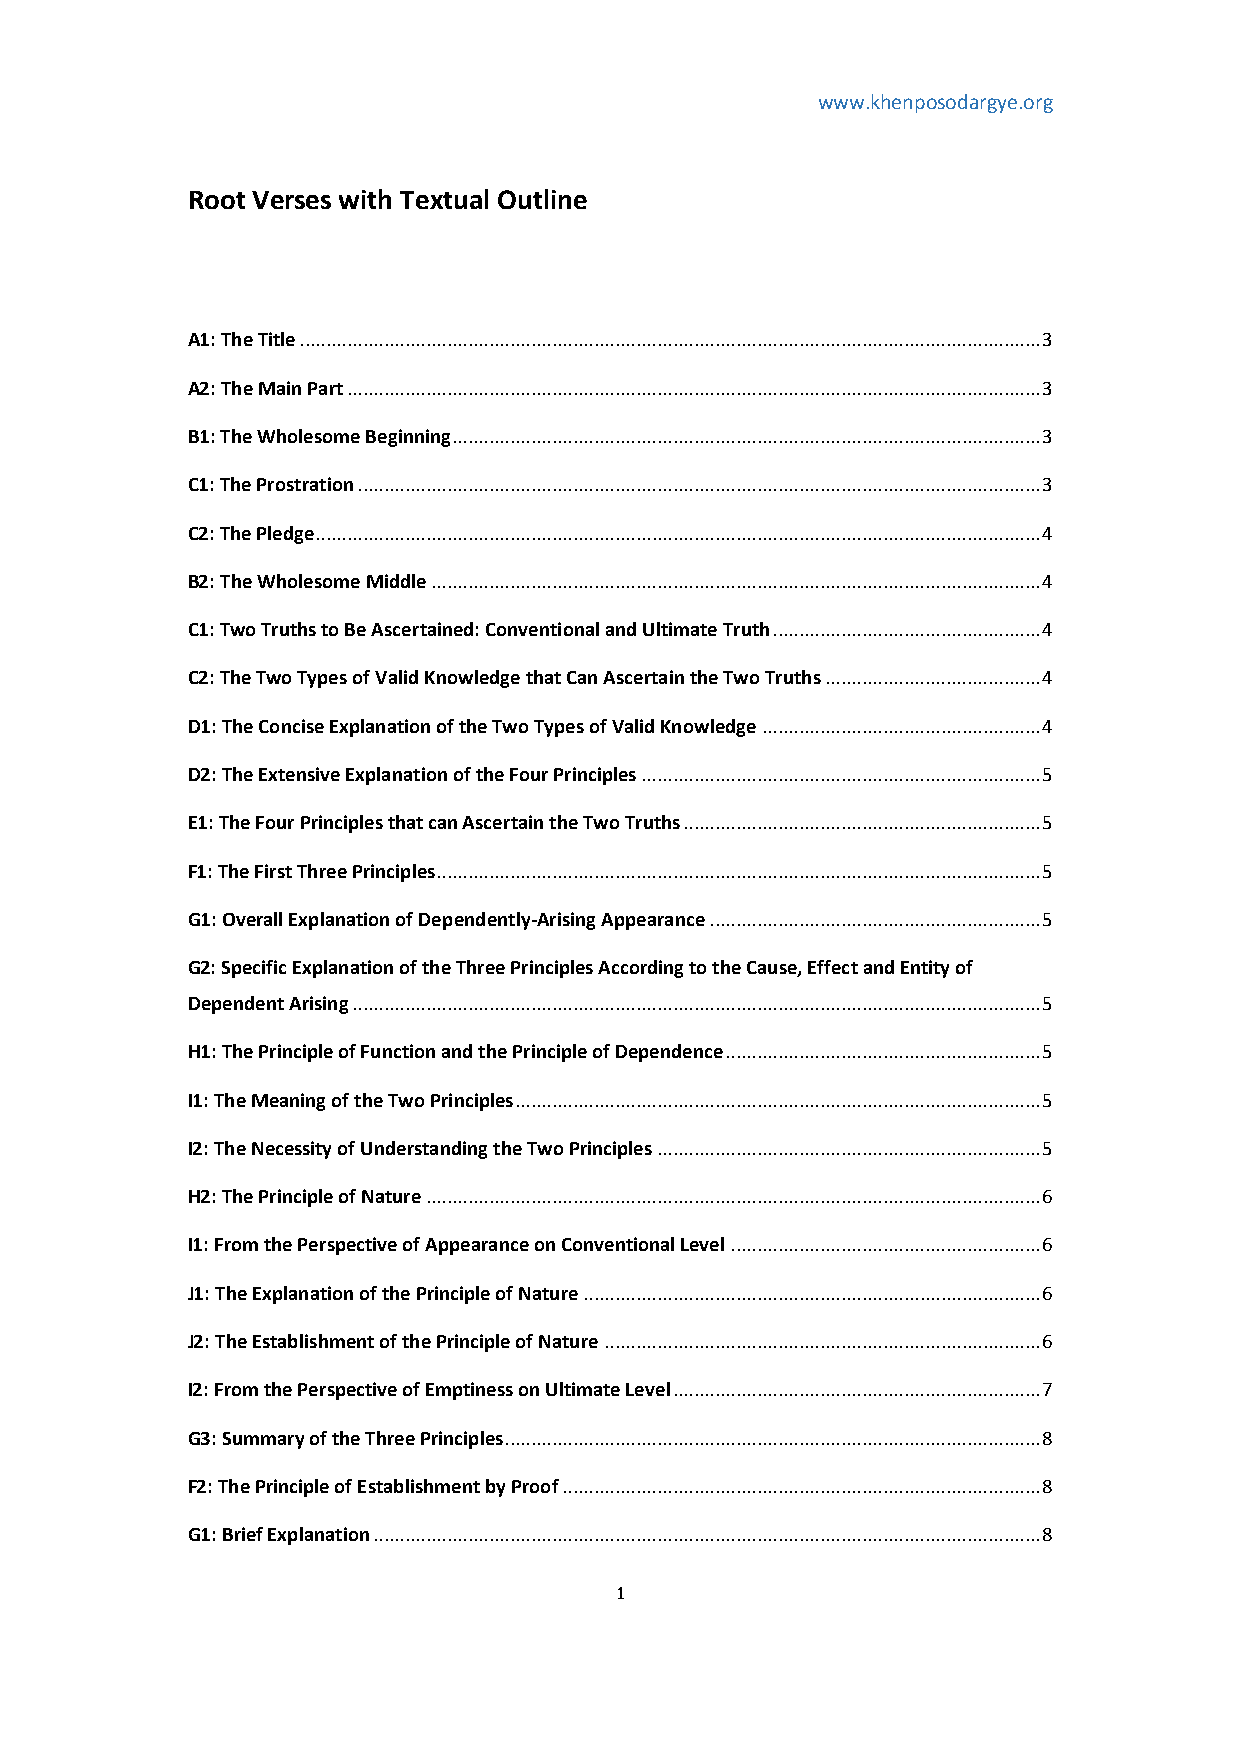
www.khenposodargye.org
 Root Verses with Textual Outline
 A1: The Title ............................................................................................................................................. 3
 A2: The Main Part .................................................................................................................................... 3
 B1: The Wholesome Beginning ................................................................................................................ 3
 C1: The Prostration .................................................................................................................................. 3
 C2: The Pledge .......................................................................................................................................... 4
 B2: The Wholesome Middle .................................................................................................................... 4
 C1: Two Truths to Be Ascertained: Conventional and Ultimate Truth ................................................... 4
 C2: The Two Types of Valid Knowledge that Can Ascertain the Two Truths ......................................... 4
 D1: The Concise Explanation of the Two Types of Valid Knowledge ..................................................... 4
 D2: The Extensive Explanation of the Four Principles ............................................................................ 5
 E1: The Four Principles that can Ascertain the Two Truths .................................................................... 5
 F1: The First Three Principles ................................................................................................................... 5
 G1: Overall Explanation of Dependently-Arising Appearance ............................................................... 5
 G2: Specific Explanation of the Three Principles According to the Cause, Effect and Entity of
 Dependent Arising ................................................................................................................................... 5
 H1: The Principle of Function and the Principle of Dependence ............................................................ 5
 I1: The Meaning of the Two Principles .................................................................................................... 5
 I2: The Necessity of Understanding the Two Principles ......................................................................... 5
 H2: The Principle of Nature ..................................................................................................................... 6
 I1: From the Perspective of Appearance on Conventional Level ........................................................... 6
 J1: The Explanation of the Principle of Nature ....................................................................................... 6
 J2: The Establishment of the Principle of Nature ................................................................................... 6
 I2: From the Perspective of Emptiness on Ultimate Level ...................................................................... 7
 G3: Summary of the Three Principles ...................................................................................................... 8
 F2: The Principle of Establishment by Proof ........................................................................................... 8
 G1: Brief Explanation ............................................................................................................................... 8
 1